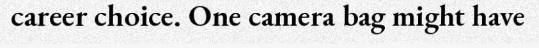
career choice. One camera bag might have